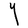
Character: Y